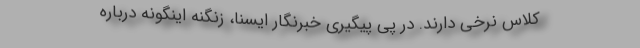
کلاس نرخی دارند. در پی پیگیری خبرنگار ایسنا، زنگنه اینگونه درباره